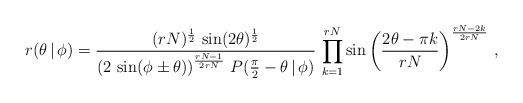
LaTeX: \begin{align*}r(\theta\,|\,\phi)=\frac{(rN)^{\frac{1}{2}}\,\sin(2\theta)^{\frac{1}{2}}}{\left(2\,\sin(\phi\pm\theta)\right)^{\frac{rN-1}{2rN}}\,P(\frac{\pi}{2}-\theta\,|\,\phi)} \,\prod_{k=1}^{rN}\sin\left(\frac{2\theta-\pi k}{rN}\right)^{\frac{rN-2k}{2rN}}\,,\end{align*}